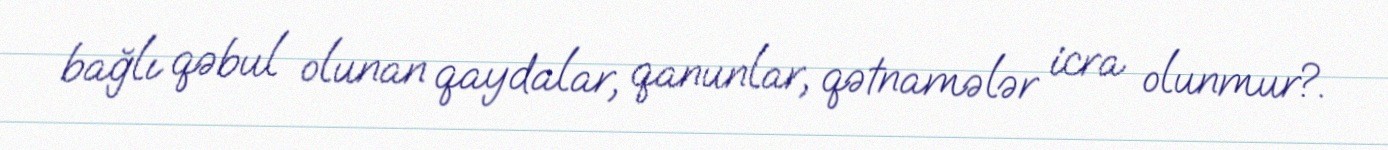
bağlı qəbul olunan qaydalar, qanunlar, qətnamələr icra olunmur?.